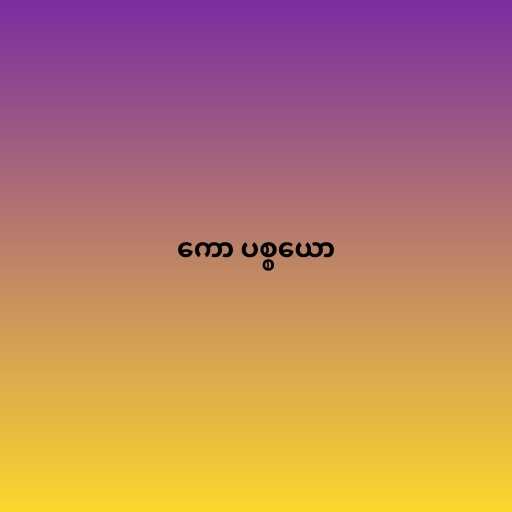
ကော ပစ္စယော